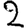
Digit: 2